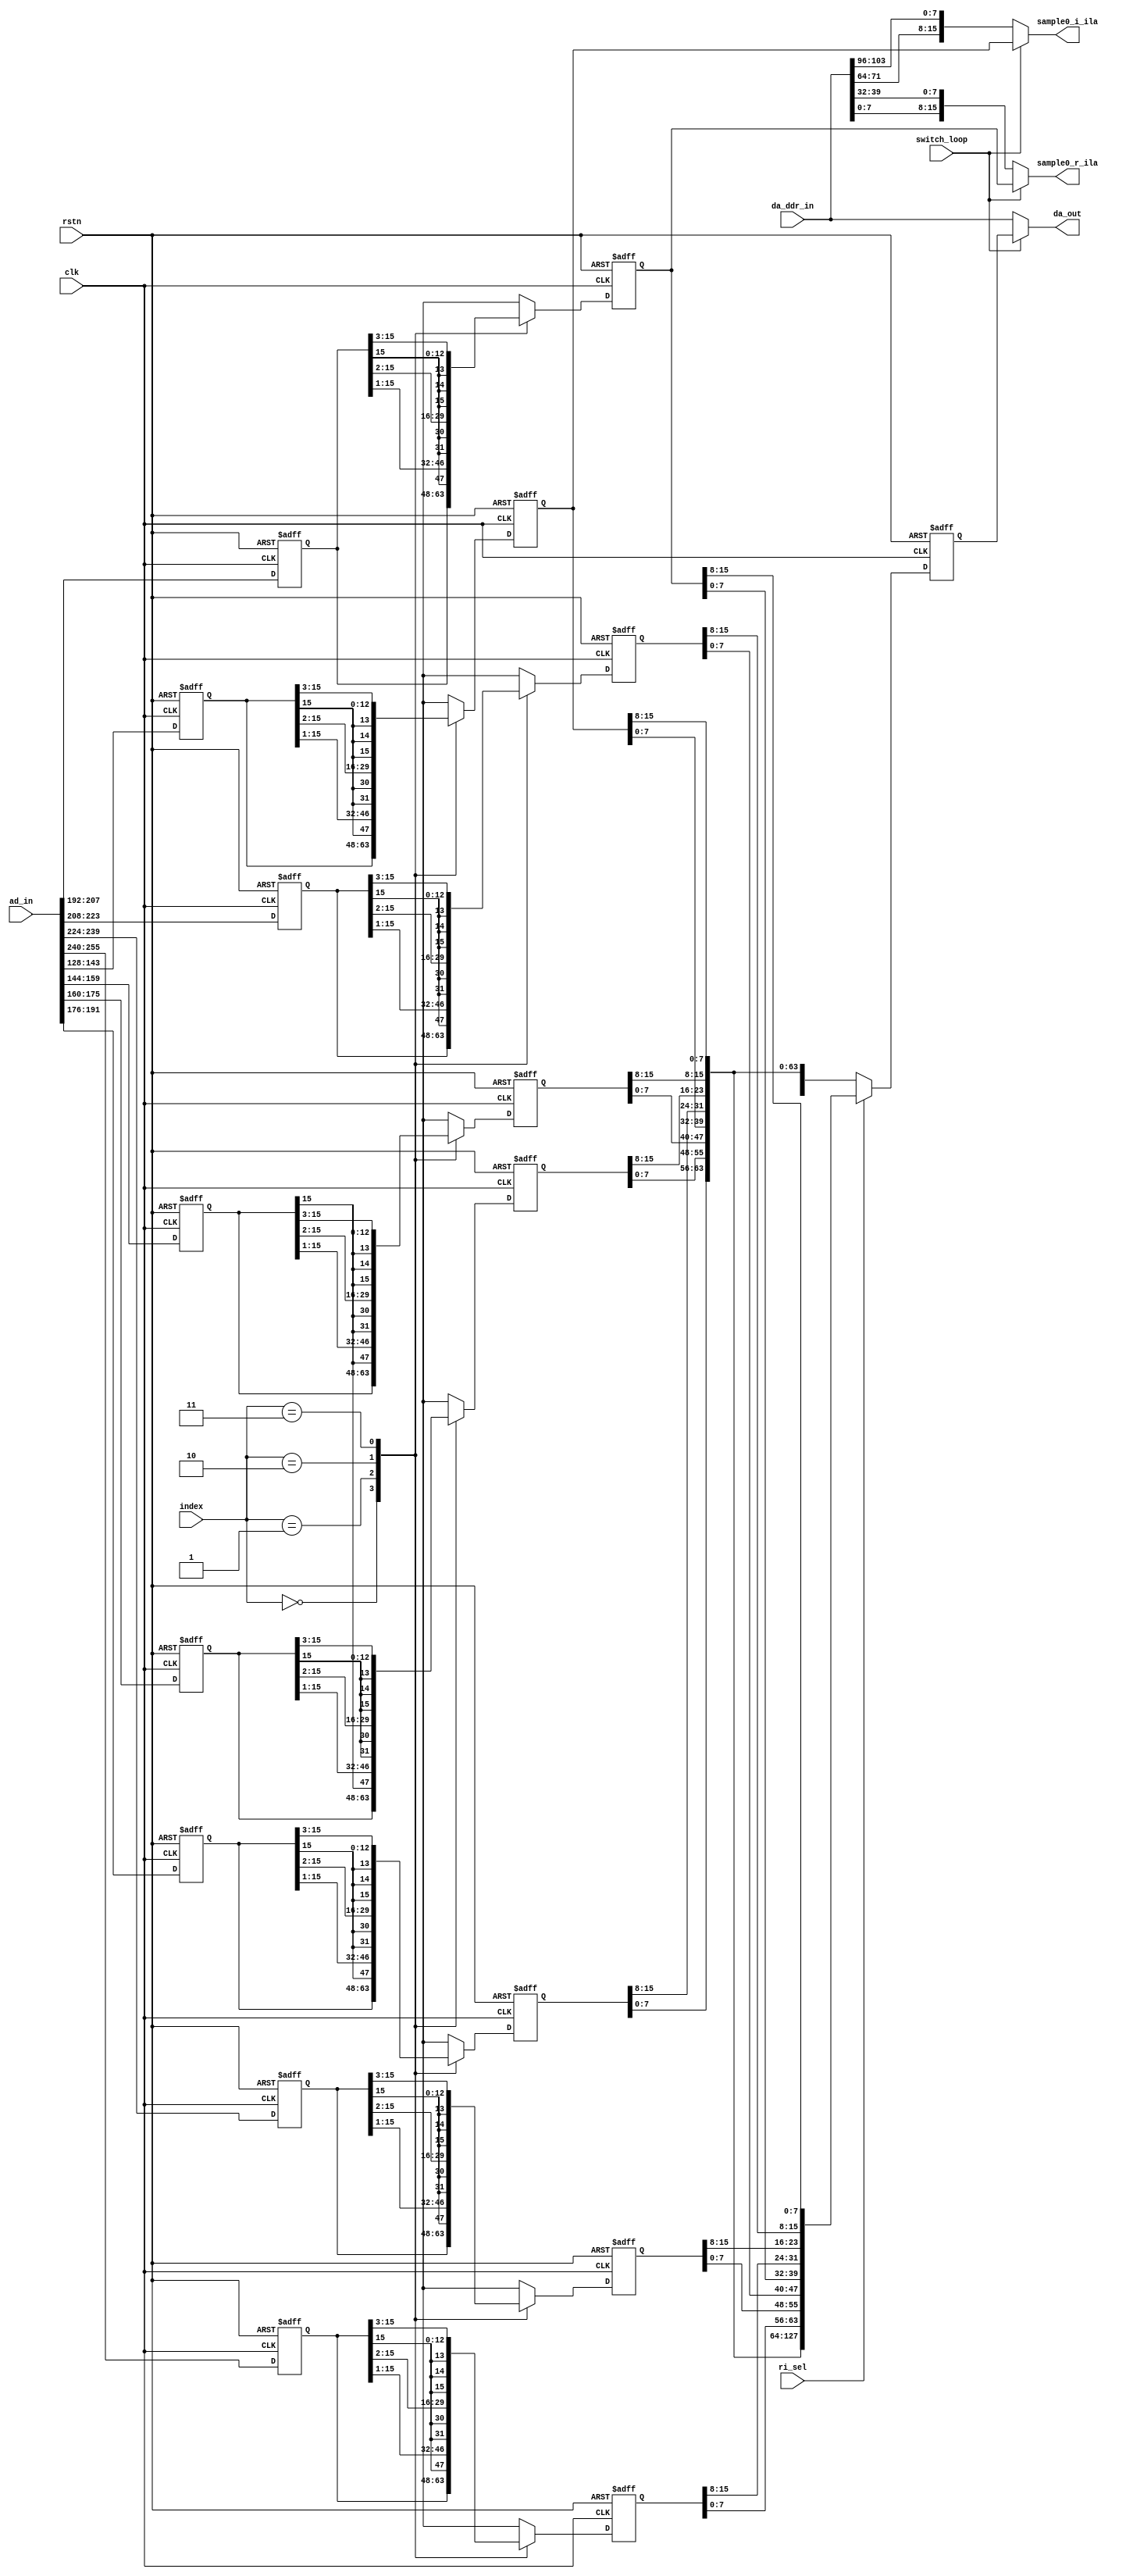
// 128ADC
module loop_ctrl #(
    parameter AD_DATA_WIDTH = 256
) (
    input               clk,
    input               rstn,
    input  [255:0]      ad_in,
    input  [127:0]      da_ddr_in,

    output [127:0]      da_out,
    output reg [15:0]   sample0_r_ila,
    output reg [15:0]   sample0_i_ila,

    input [1:0]         index,          // Default: 0
    input               ri_sel,         // Default: 1
    input               switch_loop     // Default: 1
);
  reg [15:0] sample0_r, sample1_r, sample2_r, sample3_r;
  reg [15:0] sample0_i, sample1_i, sample2_i, sample3_i;
  reg [15:0] sample0_r_reg, sample1_r_reg, sample2_r_reg, sample3_r_reg;
  reg [15:0] sample0_i_reg, sample1_i_reg, sample2_i_reg, sample3_i_reg;


  always @(*) begin
    if (switch_loop) begin
      sample0_r_ila = sample0_r_reg;
      sample0_i_ila = sample0_i_reg;
    end else begin
      sample0_r_ila = {da_ddr_in[0+:8], da_ddr_in[32+:8]};
      sample0_i_ila = {da_ddr_in[64+:8], da_ddr_in[96+:8]};
    end
  end

  always @(posedge clk or negedge rstn) begin
    if (!rstn) begin
      sample0_r <= 'd0;
      sample1_r <= 'd0;
      sample2_r <= 'd0;
      sample3_r <= 'd0;
      sample0_i <= 'd0;
      sample1_i <= 'd0;
      sample2_i <= 'd0;
      sample3_i <= 'd0;
    end else begin
      // rx_mapperdata_out
      sample0_r <= ad_in[207:192];
      sample1_r <= ad_in[223:208];
      sample2_r <= ad_in[239:224];
      sample3_r <= ad_in[255:240];
      sample0_i <= ad_in[143:128];
      sample1_i <= ad_in[159:144];
      sample2_i <= ad_in[175:160];
      sample3_i <= ad_in[191:176];
    end
  end

  always @(posedge clk or negedge rstn)
    if (!rstn) begin
      sample0_r_reg <= 'd0;
      sample1_r_reg <= 'd0;
      sample2_r_reg <= 'd0;
      sample3_r_reg <= 'd0;
      sample0_i_reg <= 'd0;
      sample1_i_reg <= 'd0;
      sample2_i_reg <= 'd0;
      sample3_i_reg <= 'd0;
    end else begin
      case (index)
        2'd0: begin
          sample0_r_reg <= sample0_r;
          sample1_r_reg <= sample1_r;
          sample2_r_reg <= sample2_r;
          sample3_r_reg <= sample3_r;
          sample0_i_reg <= sample0_i;
          sample1_i_reg <= sample1_i;
          sample2_i_reg <= sample2_i;
          sample3_i_reg <= sample3_i;
        end
        2'd1: begin
          sample0_r_reg <= {sample0_r[15], sample0_r[15:1]};
          sample1_r_reg <= {sample1_r[15], sample1_r[15:1]};
          sample2_r_reg <= {sample2_r[15], sample2_r[15:1]};
          sample3_r_reg <= {sample3_r[15], sample3_r[15:1]};
          sample0_i_reg <= {sample0_i[15], sample0_i[15:1]};
          sample1_i_reg <= {sample1_i[15], sample1_i[15:1]};
          sample2_i_reg <= {sample1_i[15], sample2_i[15:1]};
          sample3_i_reg <= {sample3_i[15], sample3_i[15:1]};
        end
        2'd2: begin
          sample0_r_reg <= {{2{sample0_r[15]}}, sample0_r[15:2]};
          sample1_r_reg <= {{2{sample1_r[15]}}, sample1_r[15:2]};
          sample2_r_reg <= {{2{sample2_r[15]}}, sample2_r[15:2]};
          sample3_r_reg <= {{2{sample3_r[15]}}, sample3_r[15:2]};
          sample0_i_reg <= {{2{sample0_i[15]}}, sample0_i[15:2]};
          sample1_i_reg <= {{2{sample1_i[15]}}, sample1_i[15:2]};
          sample2_i_reg <= {{2{sample2_i[15]}}, sample2_i[15:2]};
          sample3_i_reg <= {{2{sample3_i[15]}}, sample3_i[15:2]};
        end
        2'd3: begin
          sample0_r_reg <= {{3{sample0_r[15]}}, sample0_r[15:3]};
          sample1_r_reg <= {{3{sample1_r[15]}}, sample1_r[15:3]};
          sample2_r_reg <= {{3{sample2_r[15]}}, sample2_r[15:3]};
          sample3_r_reg <= {{3{sample3_r[15]}}, sample3_r[15:3]};
          sample0_i_reg <= {{3{sample0_i[15]}}, sample0_i[15:3]};
          sample1_i_reg <= {{3{sample1_i[15]}}, sample1_i[15:3]};
          sample2_i_reg <= {{3{sample2_i[15]}}, sample2_i[15:3]};
          sample3_i_reg <= {{3{sample3_i[15]}}, sample3_i[15:3]};
        end
        default: begin
          sample0_r_reg <= 'd0;
          sample1_r_reg <= 'd0;
          sample2_r_reg <= 'd0;
          sample3_r_reg <= 'd0;
          sample0_i_reg <= 'd0;
          sample1_i_reg <= 'd0;
          sample2_i_reg <= 'd0;
          sample3_i_reg <= 'd0;
        end
      endcase
    end

  wire [31:0] lane0_i;
  wire [31:0] lane1_i;
  wire [31:0] lane2_i;
  wire [31:0] lane3_i;
  // DACAD917317
  assign lane0_i = {
    sample3_r_reg[15:8], sample2_r_reg[15:8], sample1_r_reg[15:8], sample0_r_reg[15:8]
  };
  assign lane1_i = {sample3_r_reg[7:0], sample2_r_reg[7:0], sample1_r_reg[7:0], sample0_r_reg[7:0]};
  assign lane2_i = {
    sample3_i_reg[15:8], sample2_i_reg[15:8], sample1_i_reg[15:8], sample0_i_reg[15:8]
  };
  assign lane3_i = {sample3_i_reg[7:0], sample2_i_reg[7:0], sample1_i_reg[7:0], sample0_i_reg[7:0]};

  reg [127:0] da_data_loop;
  always @(posedge clk or negedge rstn)
    if (!rstn) da_data_loop <= 'd0;
    else if (ri_sel)
      // lane32
      da_data_loop <= {
        lane3_i, lane2_i, lane1_i, lane0_i
      };
    else da_data_loop <= {lane1_i, lane0_i, lane3_i, lane2_i};
  assign da_out = switch_loop ? da_data_loop : da_ddr_in;
endmodule